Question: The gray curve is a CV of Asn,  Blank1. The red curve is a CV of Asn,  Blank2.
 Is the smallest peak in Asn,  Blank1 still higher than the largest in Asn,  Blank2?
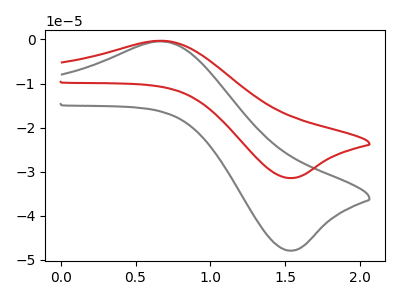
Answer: <think>The gray curve "Asn,  Blank1" has an anodic peak at (0.70V, -0.50uA) and a cathodic peak at (1.50V, -47.85uA). The red curve "Asn,  Blank2" has an anodic peak at (0.70V, -0.30uA) and a cathodic peak at (1.50V, -31.40uA).</think>
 <answer>The peaks in "Asn,  Blank1" are neither all higher or all lower than the peaks in "Asn,  Blank2".</answer>
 <eval>mixed</eval>